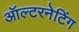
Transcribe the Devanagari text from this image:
ऑल्टरनेटिंग